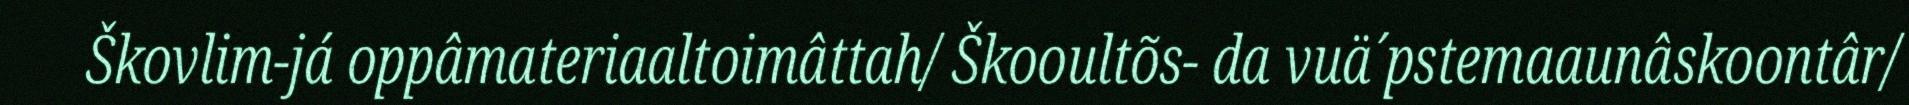
Škovlim-já oppâmateriaaltoimâttah/ Škooultõs- da vuä´pstemaaunâskoontâr/